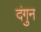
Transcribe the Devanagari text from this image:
दंगुन